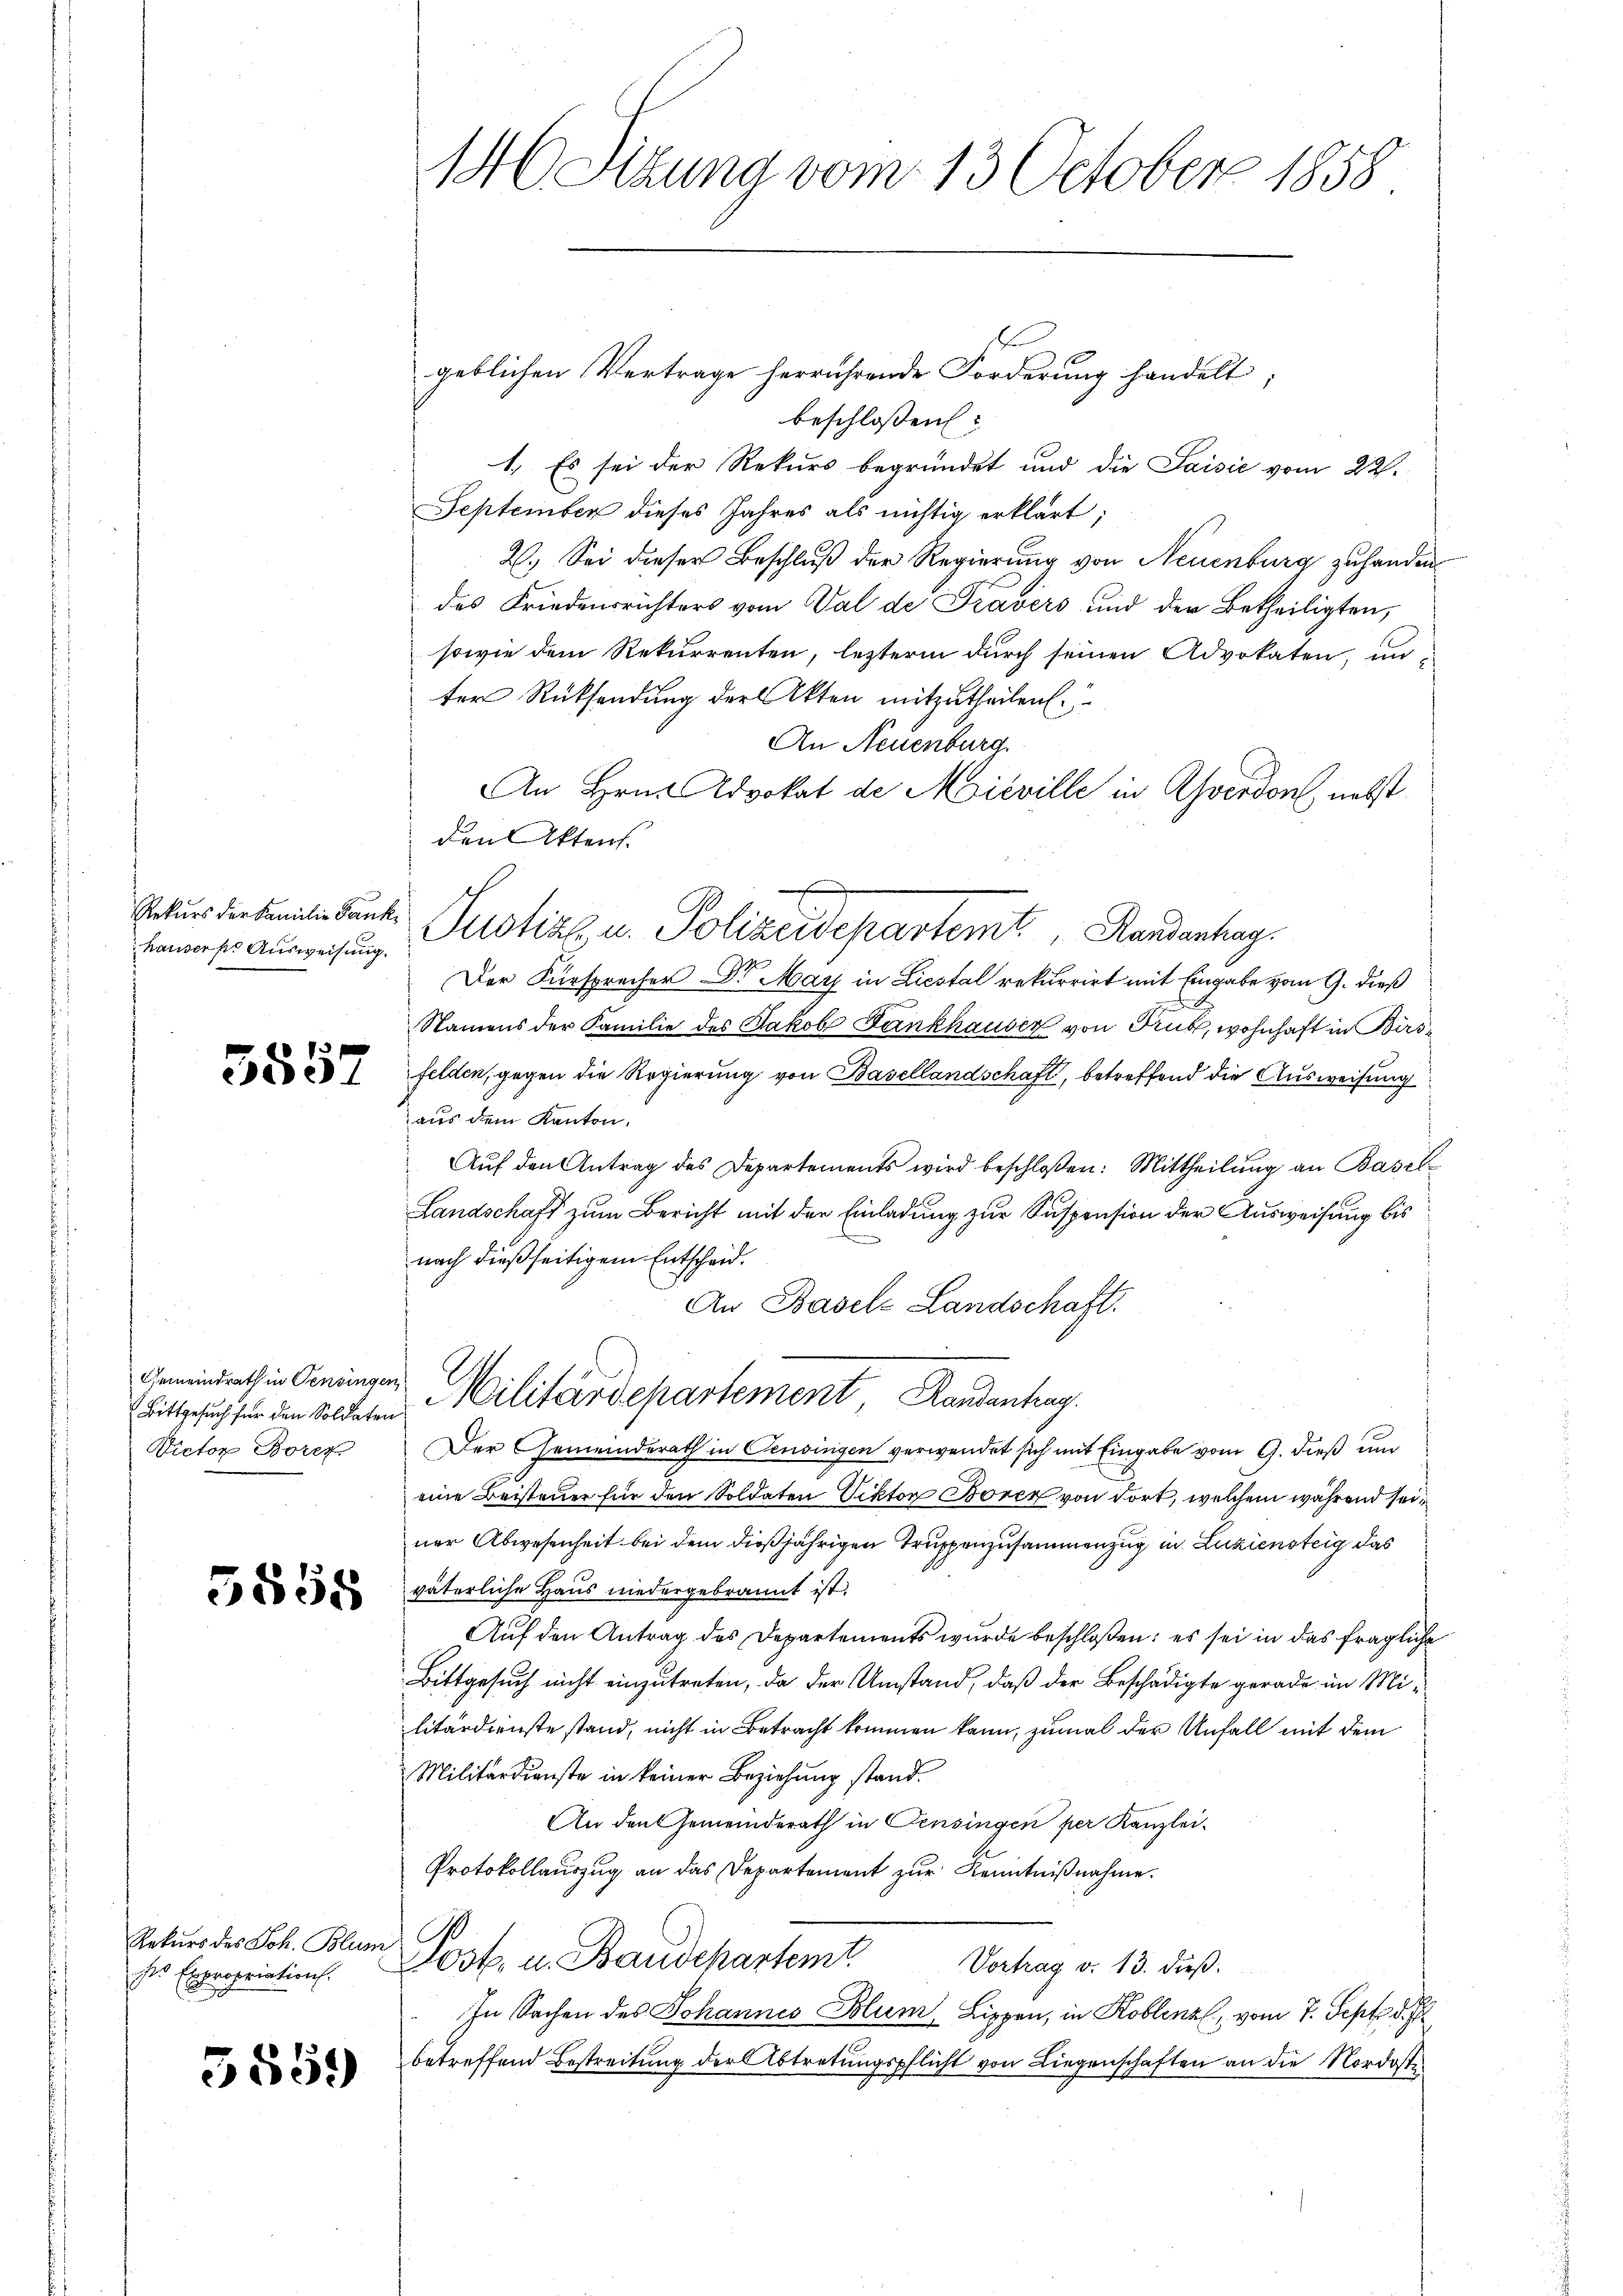
hausers Ausweisung.

Gemeindrath in Pensingen
Victor Borer

5558

Rekurs des Joh. Blum
des Expropriation.

3559

b
geblichen Vertrage herrührende Forderung handelt;
beschlossen:
1. Es sei der Rekurs begründet und die Saisić vom 22.
September dieses Jahres als nichtig erklärt;
2.) Sei dieser Beschluß der Regierung von Neuenburg zu handen
des Friedensrichters vom Val de Travers und der Betheiligten,
sowie dem Rekurrenten, lezterm durch seinen Advokaten, un-
ter Rücksendung der Akten mitzutheilen.
An Neuenburg.
An Hrn. Advokat de Mieville in Averdon, nebst
den Akten.
Eetur diesmalendante Justiz u. Polizeidepartemt, Handenhag
Der Fürsprecher Dr. May in Liestal rekurrirt mit Eingabe vom 9. dieß
Namens der Familie des Jakob Fankhauser von Trub, wohnhaft in Birsfelden, gegen die Regierung von Basellandschaft, betreffend die Ausweisung
aus dem Kanton.
Aŭf den Antrag des Departements wird beschloßen: Mittheilŭng an Basel¬
Landschaft zum Bericht mit der Einladung zur Suspension der Ausweisung bis
nach dießseitigem Entscheid
An Basels Landschaft
(Bittgesuch für den soldeten Militärdepartement Randenhag
Der Gemeinderath in Censingen verwendet sich mit Eingabe vom 9. dieß um
eine Beisteuer für den Soldaten Viktor Borer von dort, welchem während seiner Abwesenheit bei dem dießjährigen Truppenzusammenzug in Luziensteig das
väterliche Haus niedergebrannt ist.
Aŭf den Antrag des Departements wurde beschloßen: es sei in das fragliche
Bittgesuch nicht einzutreten, da der Umstand, daß der Beschädigte gerade im Militärdienste stand, nicht in Betracht kommen kann, zumal der Unfall mit dem
Militärdienste in keiner Beziehung stand.
An den Gemeinderath in Censingen per Kanzlei¬
Protokollauszug an das Departement zur Kenntnißnahme.
Post. u. Baudepartemt.
Vortrag v. 13. dieß.
In Sachen des Johannes Blum, Lippen, in Koblenz, vom 7. Sept. d. J
betreffend Bestreitung der Abtretungspflicht von Liegenschaften an die Nordost¬

146 Sitzung vom 13 October 1858